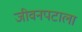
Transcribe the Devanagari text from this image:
जीवनपटाला